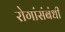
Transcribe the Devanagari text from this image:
रोगांसंबंधी